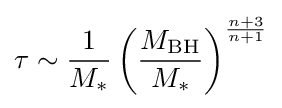
\tau \sim {\frac {1}{M_{*}}}\left({\frac {M_{\text{BH}}}{M_{*}}}\right)^{\frac {n+3}{n+1}}